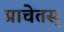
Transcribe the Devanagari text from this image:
प्राचेतस्